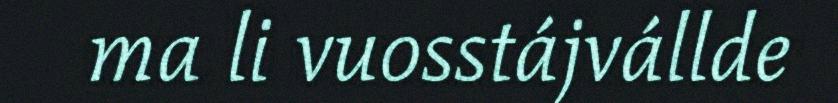
ma li vuosstájvállde